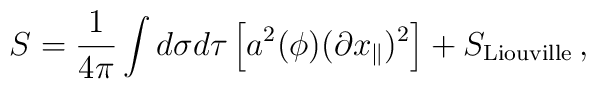
S = \frac{1}{4\pi}\int  d\sigma d\tau \left[ a^2 (\phi)(\partial x_{\parallel})^2 \right]+S_{\rm Liouville}\, ,